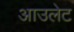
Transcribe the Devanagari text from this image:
आउलेट